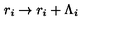
r _ { i } \rightarrow r _ { i } + \Lambda _ { i }